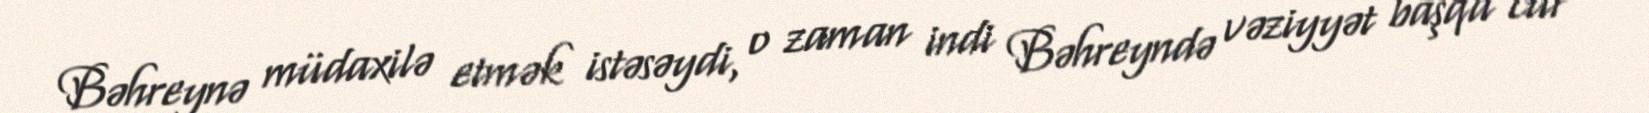
Bəhreynə müdaxilə etmək istəsəydi, o zaman indi Bəhreyndə vəziyyət başqa cür